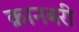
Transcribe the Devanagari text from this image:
क्रानबरी